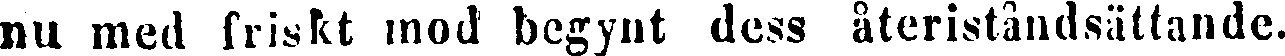
nu med friskt mod begynt dess återiståndsättande.